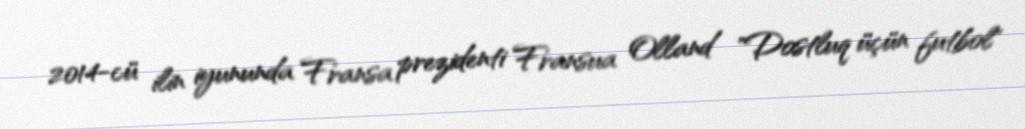
2014-cü ilin iyununda Fransa prezidenti Fransua Olland "Dostluq üçün futbol"